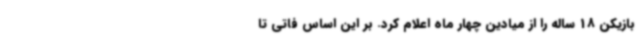
بازیکن 18 ساله را از میادین چهار ماه اعلام کرد. بر این اساس فاتی تا